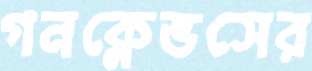
গনক্লেভসের